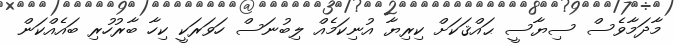
މާދަމާވެސް ސިޔާސީ ޙައްޤަކަށް ކިރިޔާ އުނިކަމެއް ލިބުނަސް ހަވަރަކީ ކިހާ ބާރުހުރި ބައެއްކަން